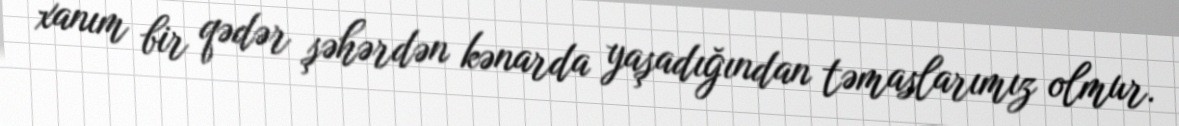
xanım bir qədər şəhərdən kənarda yaşadığından təmaslarımız olmur.